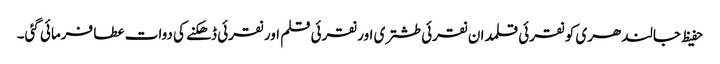
حفیظ جالندھری کو نقرئی قلمدان نقرئی طشتری اور نقرئی قلم اور نقرئی ڈھکنے کی دوات عطا فرمائی گئی۔